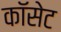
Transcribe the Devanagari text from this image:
कॉसेट